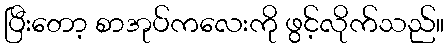
ပြီးတော့ စာအုပ်ကလေးကို ဖွင့်လိုက်သည်။